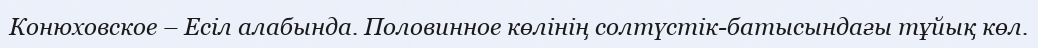
Конюховское – Есіл алабында. Половинное көлінің солтүстік-батысындағы тұйық көл.